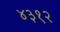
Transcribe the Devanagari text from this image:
४३१२